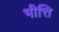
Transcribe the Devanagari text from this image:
भीत्ति